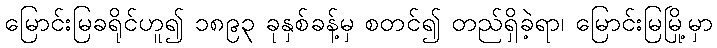
မြောင်းမြခရိုင်ဟူ၍ ၁၈၉၃ ခုနှစ်ခန့်မှ စတင်၍ တည်ရှိခဲ့ရာ၊ မြောင်းမြမြို့မှာ